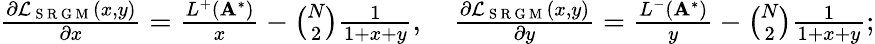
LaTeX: \begin{array}{r}{\frac{\partial\mathcal{L}_{\mathrm{~S~R~G~M~}}(x,y)}{\partial x}=\frac{L^{+}(\mathbf{A}^{*})}{x}-\binom{N}{2}\frac{1}{1+x+y},\quad\frac{\partial\mathcal{L}_{\mathrm{~S~R~G~M~}}(x,y)}{\partial y}=\frac{L^{-}(\mathbf{A}^{*})}{y}-\binom{N}{2}\frac{1}{1+x+y};}\end{array}